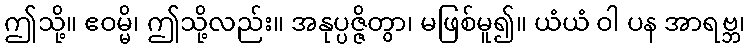
ဤသို့။ ဧဝမ္မိ၊ ဤသို့လည်း။ အနုပ္ပဇ္ဇိတွာ၊ မဖြစ်မူ၍။ ယံယံ ဝါ ပန အာရဗ္ဘ၊